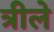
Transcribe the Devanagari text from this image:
त्रीले